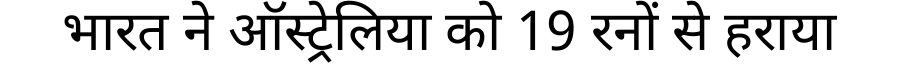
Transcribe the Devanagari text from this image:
भारत ने ऑस्ट्रेलिया को 19 रनों से हराया